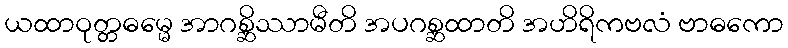
ယထာဝုတ္တဓမ္မေ အာဂစ္ဆိဿာမီတိ အပဂစ္ဆထာတိ အဟိရိကဗလံ ဗာဓကော